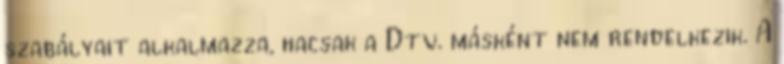
szabályait alkalmazza, hacsak a Dtv. másként nem rendelkezik. A